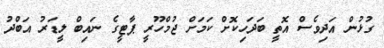
ގުޅުން އަދިވެސް އޮތީ ބަދަހިކޮށް ކަމަށް ޖުމްހޫރީ ޕާޓީގެ ނައިބް ލީޑަރު އަބްދު